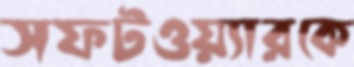
সফটওয়্যারকে